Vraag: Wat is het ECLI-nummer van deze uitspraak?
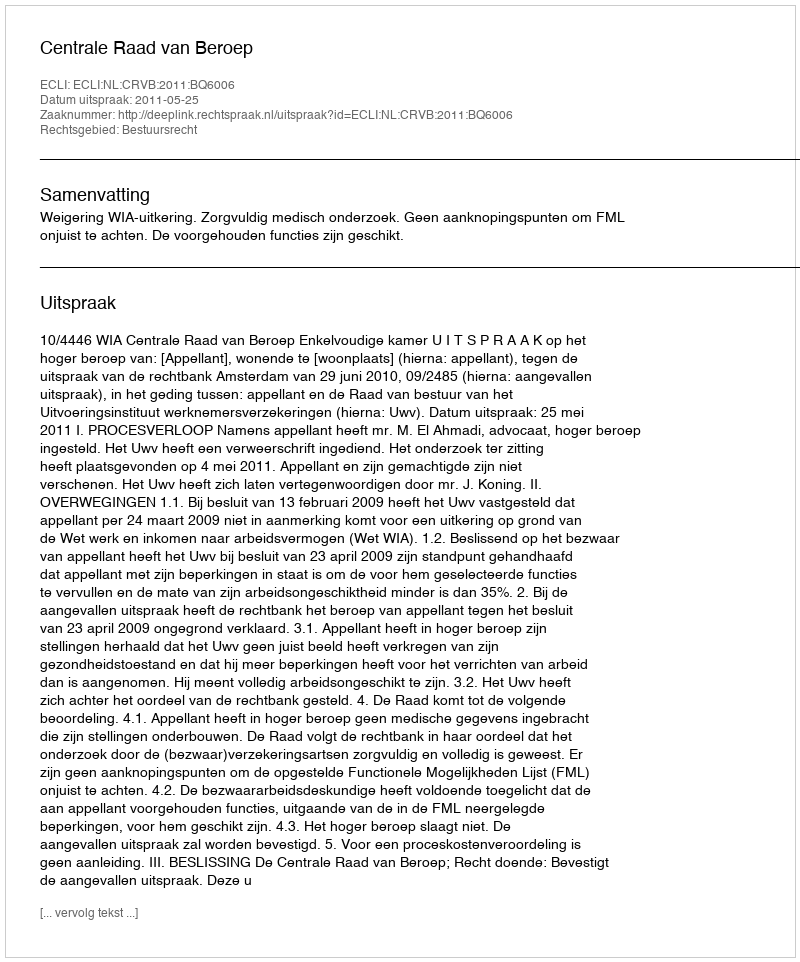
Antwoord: ECLI:NL:CRVB:2011:BQ6006